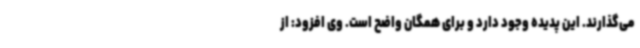
می‌گذارند. این پدیده وجود دارد و برای همگان واضح است. وی افزود: از